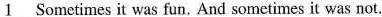
\underline{1} Sometimes it was fun. And sometimes it was not.